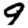
Digit: 9